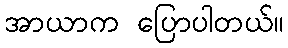
အာယာက ပြောပါတယ်။